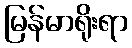
မြန်မာရိုးရာ